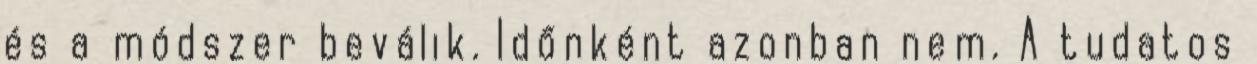
és a módszer beválik. Időnként azonban nem. A tudatos